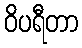
ဝိပရီတာ